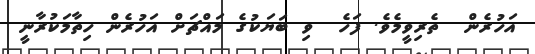
އަހުރެން  ތެރިވީމެވެ. ފަހެ  ވި ބަޔަކުގެ މައްޗަށް އަހުރެން ހިތާމަކުރާނީ